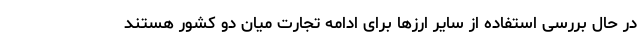
در حال بررسی استفاده از سایر ارزها برای ادامه تجارت میان دو کشور هستند